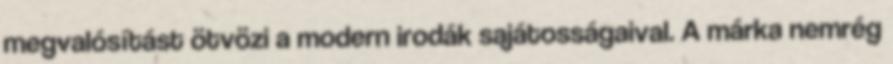
megvalósítást ötvözi a modern irodák sajátosságaival. A márka nemrég